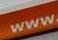
www